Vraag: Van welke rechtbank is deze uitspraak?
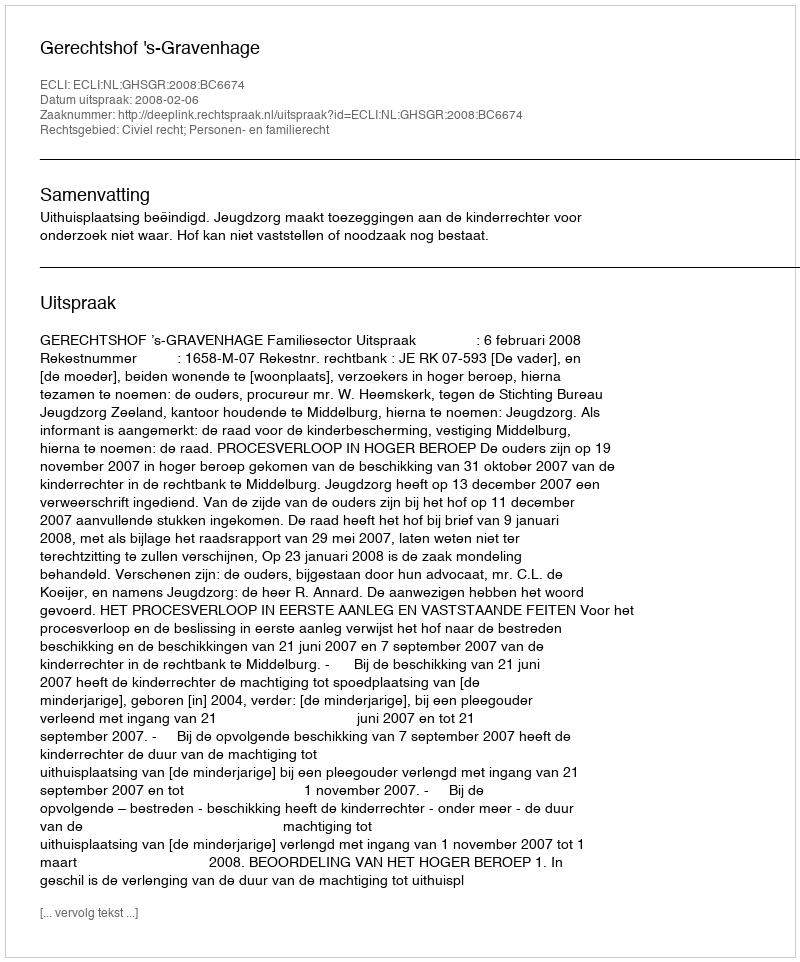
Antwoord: Gerechtshof 's-Gravenhage